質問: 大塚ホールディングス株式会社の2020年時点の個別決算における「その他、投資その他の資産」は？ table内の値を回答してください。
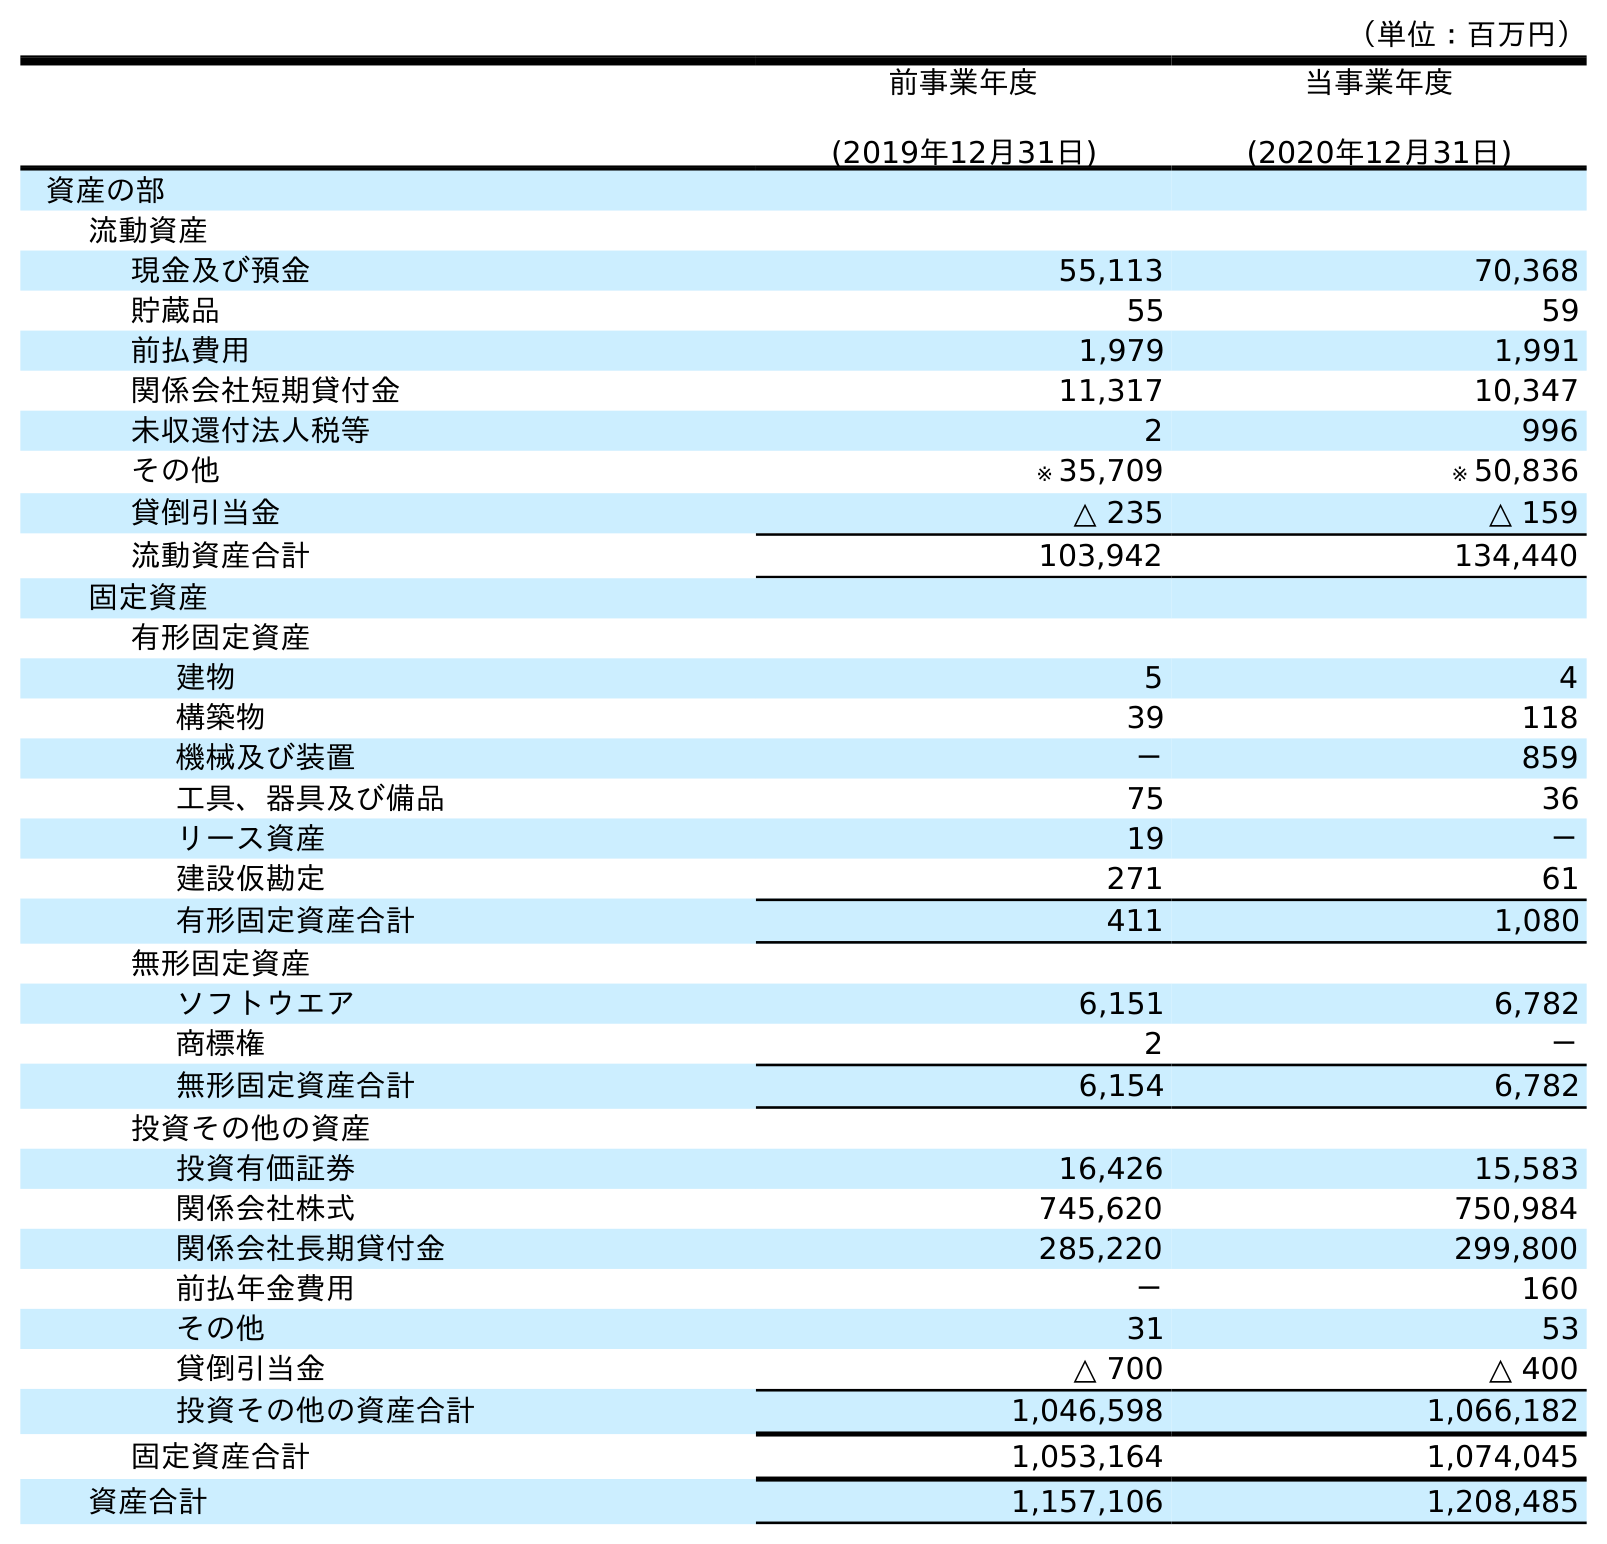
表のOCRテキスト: （単位：百万円） 前事業年度 (2019年12月31日) 当事業年度 (2020年12月31日) 資産の部 流動資産 現金及び預金 55,113 70,368 貯蔵品 55 59 前払費用 1,979 1,991 関係会社短期貸付金 11,317 10,347 未収還付法人税等 2 996 その他 ※ 35,709 ※ 50,836 貸倒引当金 △ 235 △ 159 流動資産合計 103,942 134,440 固定資産 有形固定資産 建物 5 4 構築物 39 118 機械及び装置 － 859 工具、器具及び備品 75 36 リース資産 19 － 建設仮勘定 271 61 有形固定資産合計 411 1,080 無形固定資産 ソフトウエア 6,151 6,782 商標権 2 － 無形固定資産合計 6,154 6,782 投資その他の資産 投資有価証券 16,426 15,583 関係会社株式 745,620 750,984 関係会社長期貸付金 285,220 299,800 前払年金費用 － 160 その他 31 53 貸倒引当金 △ 700 △ 400 投資その他の資産合計 1,046,598 1,066,182 固定資産合計 1,053,164 1,074,045 資産合計 1,157,106 1,208,485
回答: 53